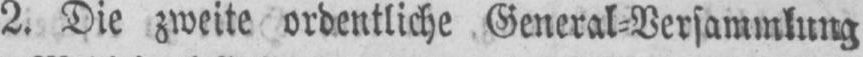
2. Die zweite ordentliche General⸗Versammlung